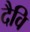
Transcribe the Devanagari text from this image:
दैवि